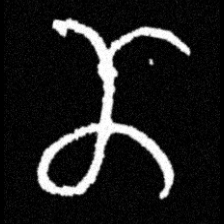
Pyu character \u2014 Myanmar letter: ဏ (romanized: nna)